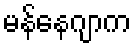
မန်နေဂျာက